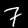
Label: 7